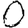
Digit: 0